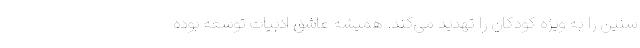
سنین را به ویژه کودکان را تهدید می‌‌کند. همیشه عاشق ادبیات توسعه بوده